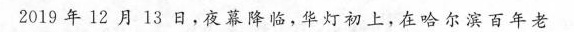
2019年12月13日，夜幕降临，华灯初上，在哈尔滨百年老